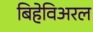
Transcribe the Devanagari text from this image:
बिहेविअरल